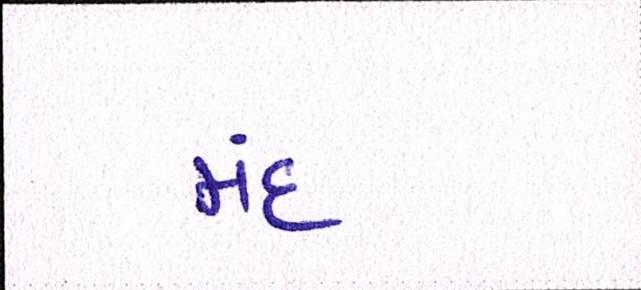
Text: મંદ